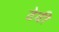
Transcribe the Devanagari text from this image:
ढेवी